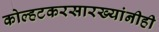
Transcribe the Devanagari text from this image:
कोल्हटकरसारख्यांनीही